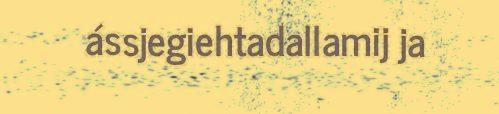
ássjegiehtadallamij ja